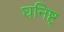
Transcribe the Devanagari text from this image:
घनिष्ट्